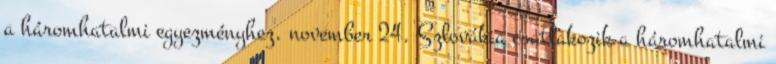
a háromhatalmi egyezményhez. november 24. Szlovákia csatlakozik a háromhatalmi